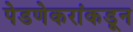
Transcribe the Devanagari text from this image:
पेडणेकरांकडून